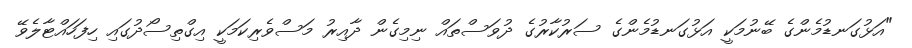
"އަޅުގަނޑުމެންގެ ބޭނުމަކީ އަޅުގަނޑުމެންގެ ސަރުކާރުގެ ދުވަސްތައް ނިމިގެން ދާއިރު މަސްވެރިކަމަކީ އިގްތިސޯދުގައި ހިފަހައްޓާލެވޭ